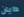
دايان